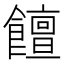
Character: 饘